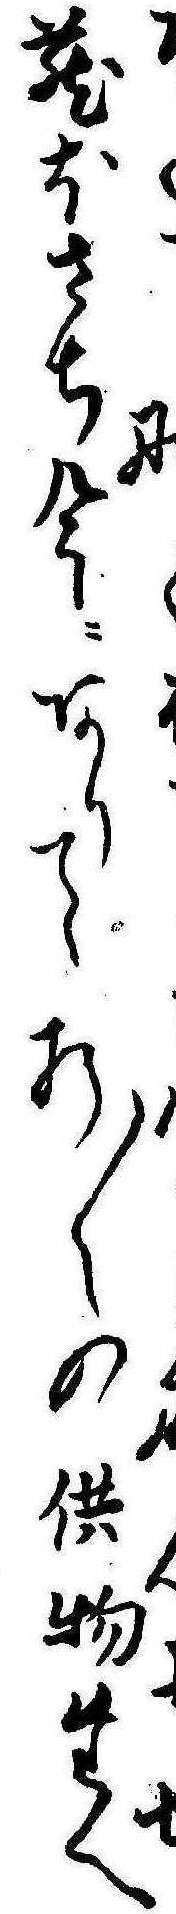
な蔵ほさち今にありて折〱の供物たへ